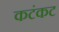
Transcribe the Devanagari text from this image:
कटंकट